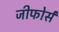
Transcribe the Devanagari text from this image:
जीफोर्स